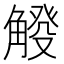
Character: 𧤔